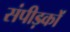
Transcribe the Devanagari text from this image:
संपीड़कों